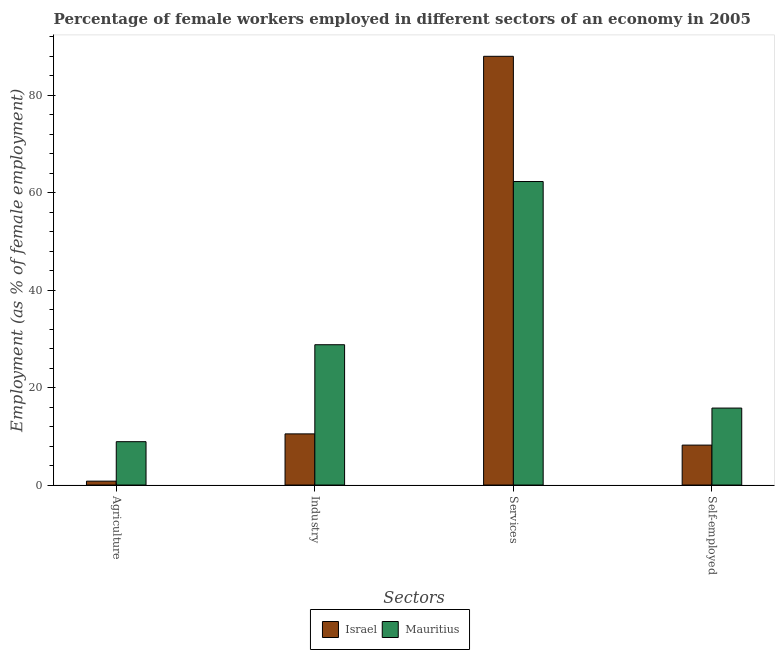
| Sectors | Israel | Mauritius |
 | --- | --- | --- |
 | Agriculture | 0.8 | 8.9 |
 | Industry | 10.5 | 28.8 |
 | Services | 88 | 62.3 |
 | Self-employed | 8.2 | 15.8 |